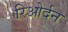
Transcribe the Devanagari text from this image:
रिओर्दन